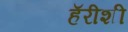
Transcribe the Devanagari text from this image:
हॅरीशी